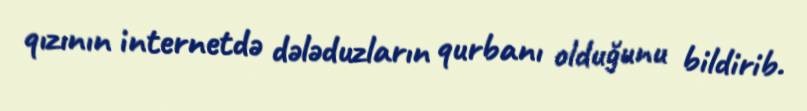
qızının internetdə dələduzların qurbanı olduğunu bildirib.